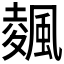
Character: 𱃃